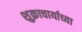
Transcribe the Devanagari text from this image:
शुक्राचार्याच्या